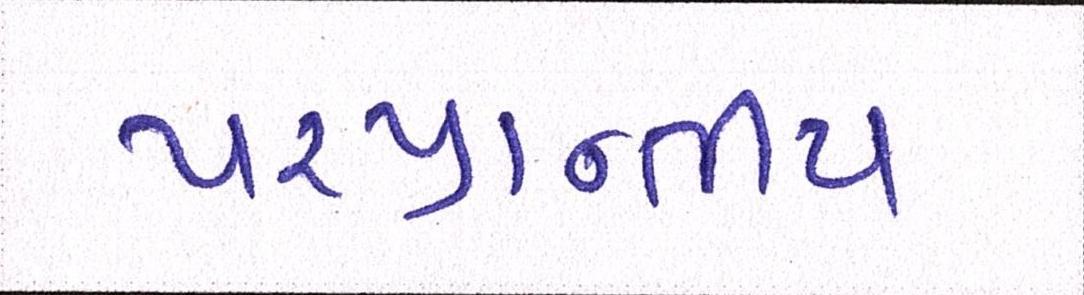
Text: પ૨પ્રાન્તીય